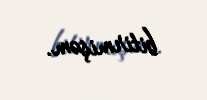
bitirmişəm.